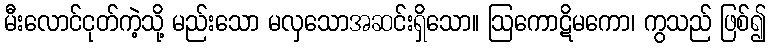
မီးလောင်ငုတ်ကဲ့သို့ မည်းသော မလှသောအဆင်းရှိသော။ ဩကောဋိမကော၊ ကွသည် ဖြစ်၍